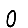
Digit: 0